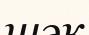
шәк